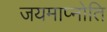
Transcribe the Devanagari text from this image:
जयमाप्नोति